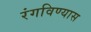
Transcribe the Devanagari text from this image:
रंगविण्यास